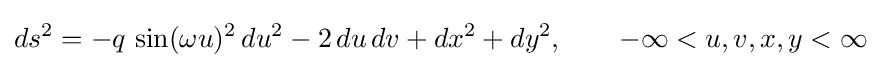
ds^{2}=-q\,\sin(\omega u)^{2}\,du^{2}-2\,du\,dv+dx^{2}+dy^{2},\qquad -\infty <u,v,x,y<\infty